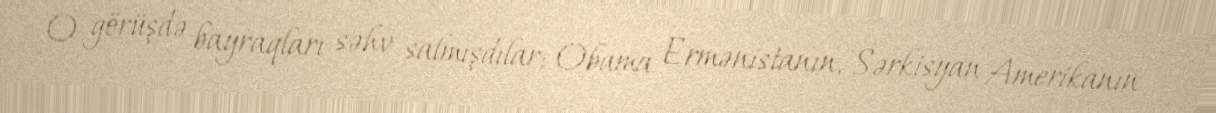
O görüşdə bayraqları səhv salmışdılar; Obama Ermənistanın, Sərkisyan Amerikanın